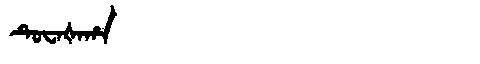
Manchu: ᡨᡠᠸᠠᡧᠠᡥᠠ
Romanization: TUWAŠAHA